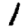
Digit: 1